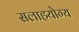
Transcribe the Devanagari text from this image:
सलाहयोग्य